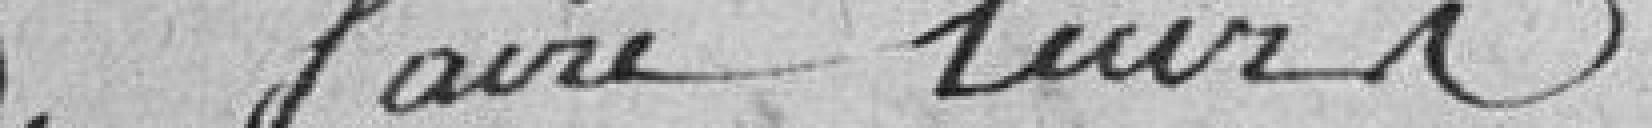
à faire leur